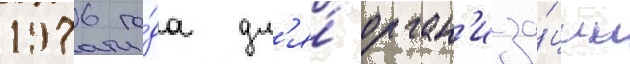
1976 го́да дл'я́ орган'иза́ции